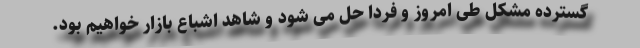
گسترده مشکل طی امروز و فردا حل می شود و شاهد اشباع بازار خواهیم بود.